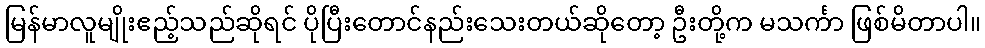
မြန်မာလူမျိုးဧည့်သည်ဆိုရင် ပိုပြီးတောင်နည်းသေးတယ်ဆိုတော့ ဦးတို့က မသင်္ကာ ဖြစ်မိတာပါ။